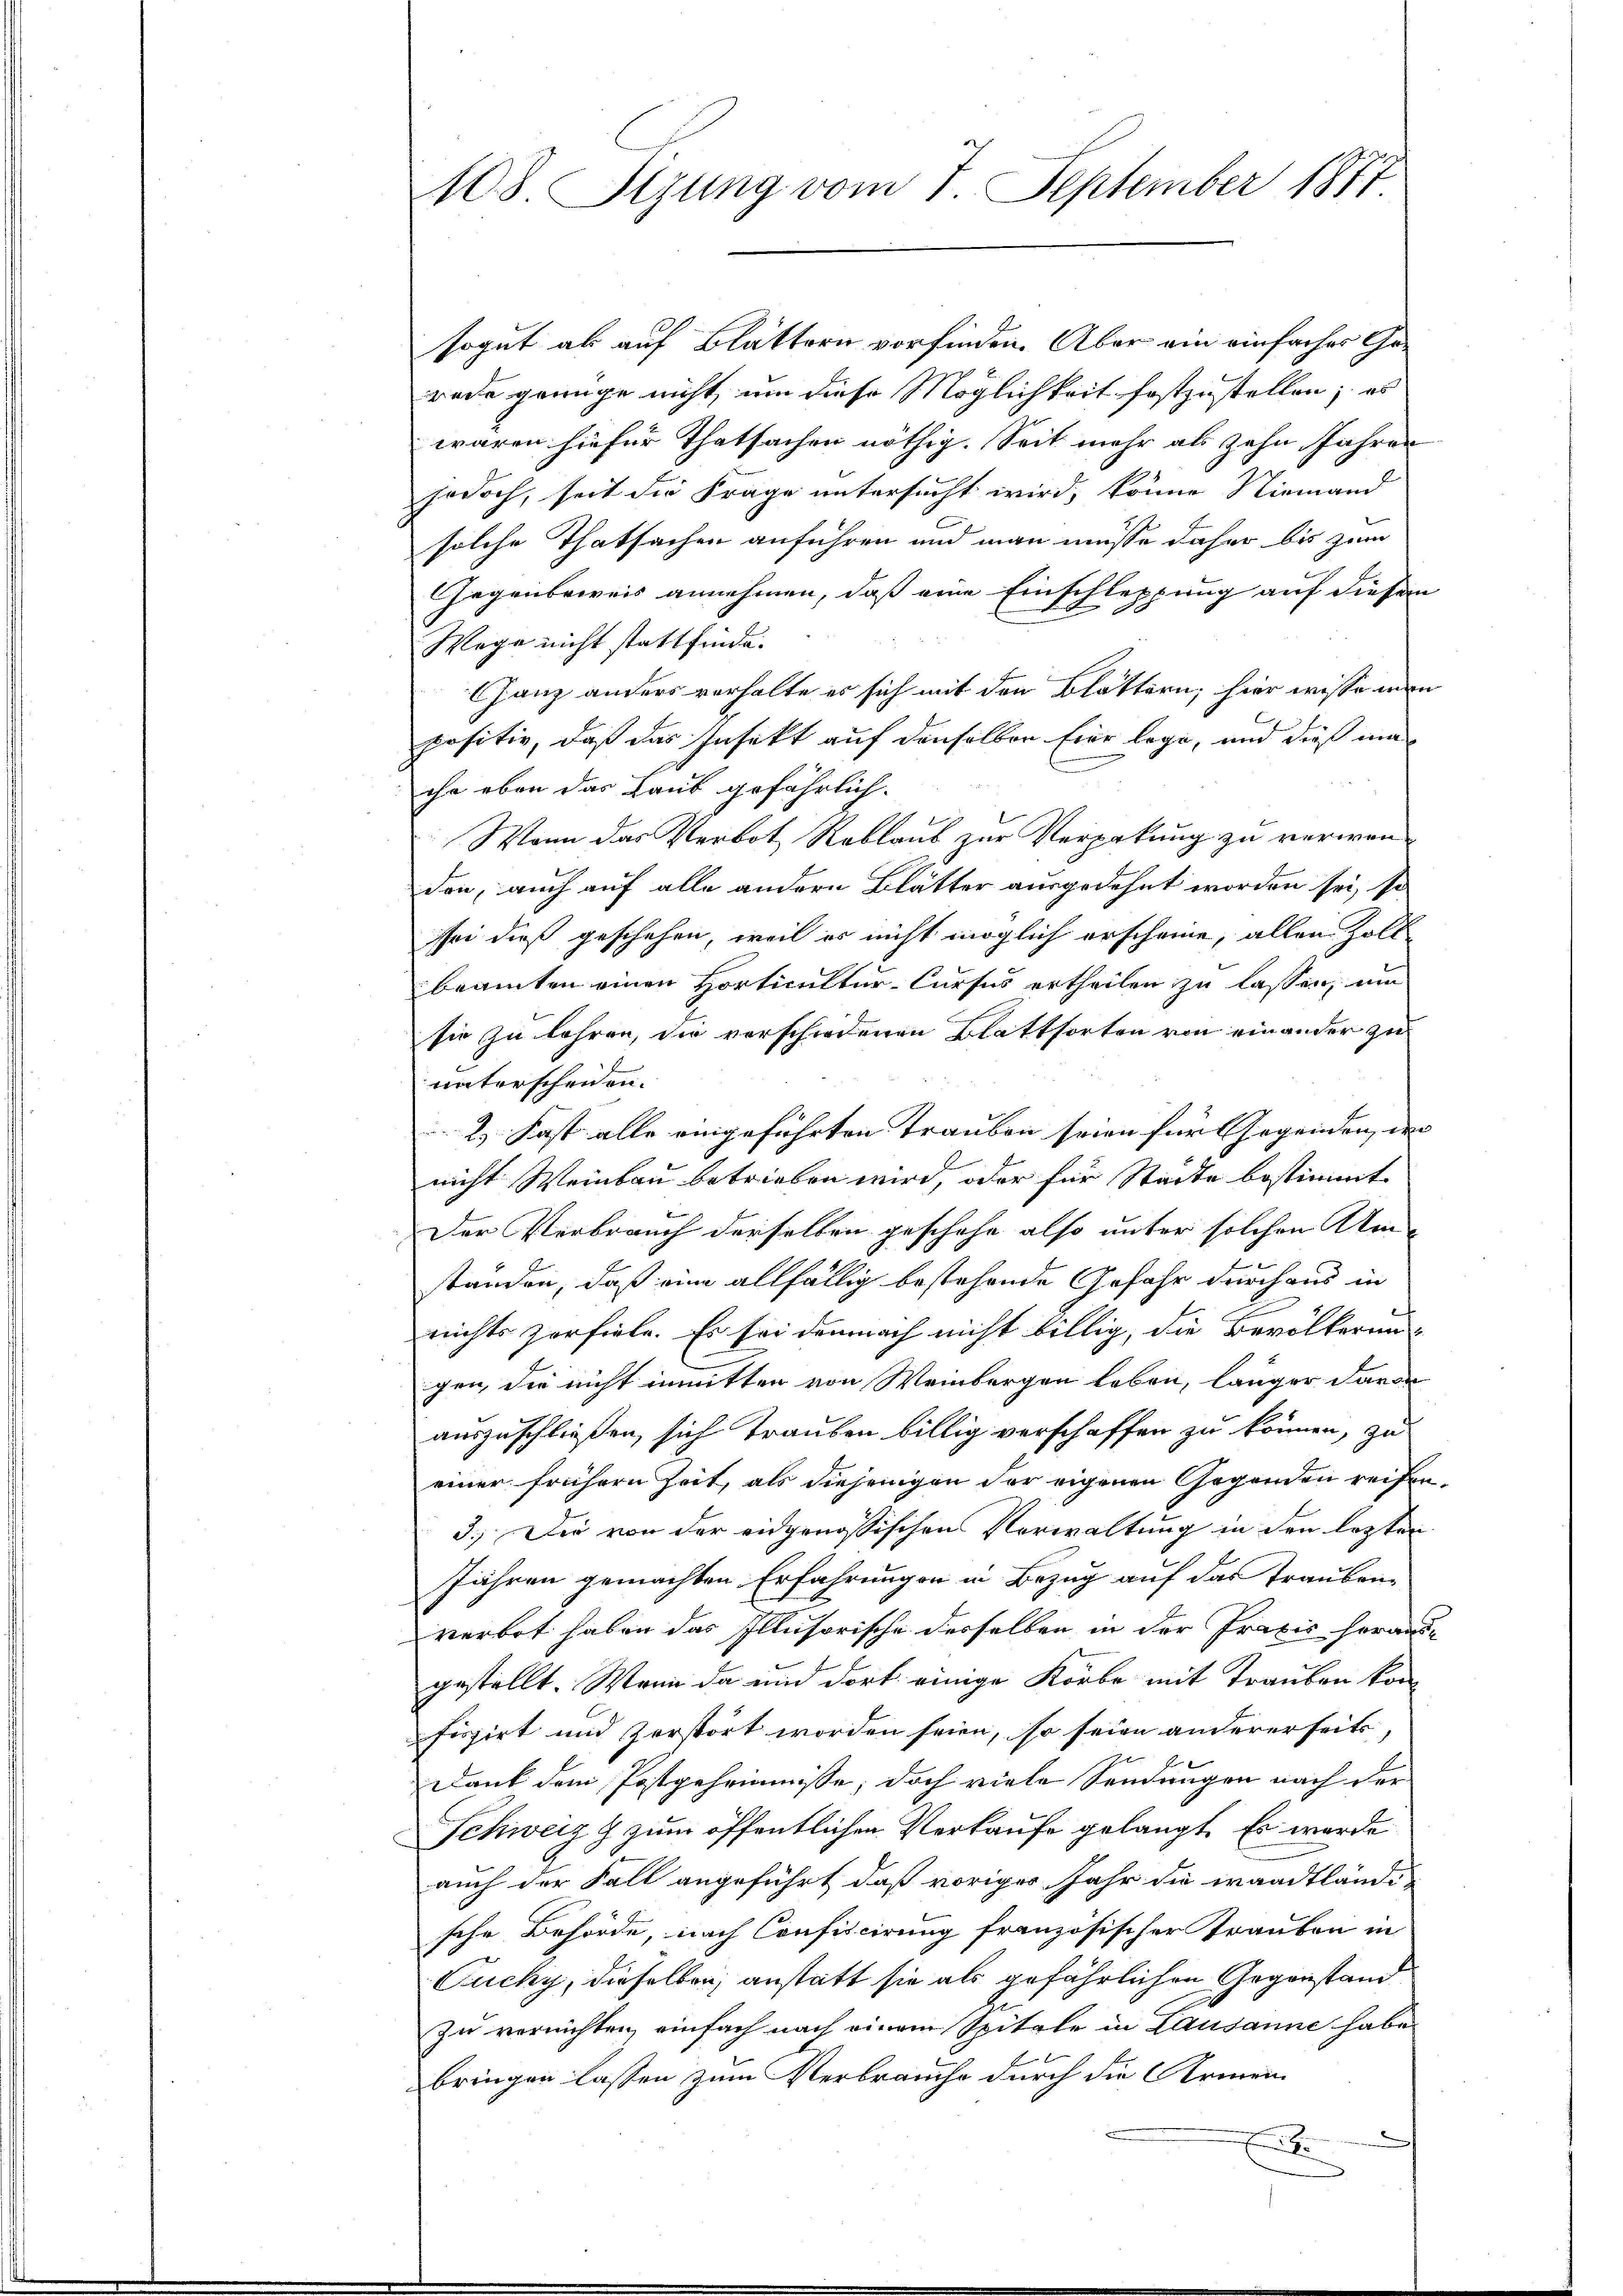
108. Sizung vom 7. September 1887

sogut ab auf Blättern vorfinden. Aber ein einfaches Ge-
rede grünge nicht, um diese Möglichkeit festzustellen; es
waren hiefür Thatsachen nöthig. Seit mehr als zehn Jahren
jodoch, seit die Frage untersucht wird, könne Niemand
solche Thatsachen anführen und man müsse daher bis zum
Gegenbeweis annehmen, daß eine Einschleppung auf diesem
Wege nicht stattfinde.
Ganz anders verhalte es sich mit den Blättern, hier wisse min
positiv, daß das Insekt auf denselben hier lege, und dieß ma
che eben das Laub gefährlich.
Wann das Verbot Reblaub zur Verpakung zu verwen-
don, auch auf alle andern Blätter ausgedehnt worden sei, so
sei dieß geschehen, weil es nicht möglich erscheine, allen Zoll
beamten einen Horticultur-Curses ertheilen zu lassen, um
sie zu lehren, die verschiedenen Blattsorten von einander zu
unterscheiden.
2. Fast alle eingeführten Trauben seien für Gegenden, de
nicht Weinbau betrieben wird, oder für Stadte bestimmt
Der Verbrauch derselben geschehe also unter solchen Amstanden, daß eine allfällig bestehende Gefahr durchaus in
nichts zerfiele. Es sei demnach nicht billig, die Bevölkerungen, die nicht inmitten von Weinbergen leben, länger davon
auszuschließen, sich Trauben billig verschaffen zu können, zu
einer frühern Zeit, als diejenigen der eigenen Gegenden reifen¬
3.) Die von der eidgenößischen Verwaltung in den lezten
Jähren gemachten Erfahrungen in Bezug auf das Traubenverbot haben das Illusorische derselben in der Praxis herausgestellt. Wenn da und dort einige Körbe mit Trauben konfiszirt und zerstört worden seien, so seien andererseits,
Dank dem Postgeheimnisse; doch viele Sendungen nach der
Schweiz & zum öffentlichen Verkaufe gelangt. Es wurde
auch der Fall angeführt, daß voriger Jahr die waadtländische Behörde, nach Confiscirung französischer Trauben in
Qucky, dieselben, anstatt sie als gefährlichen Gegenstand
zu vernichten, einfach nach einem Spitale in Lausanne habe
bringen lassen zum Verbrauche durch die Armen
E